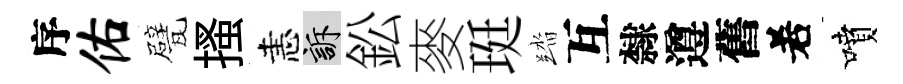
序佑甓搔恚訴鈆麥珽踏互隸遵舊𠰥噴